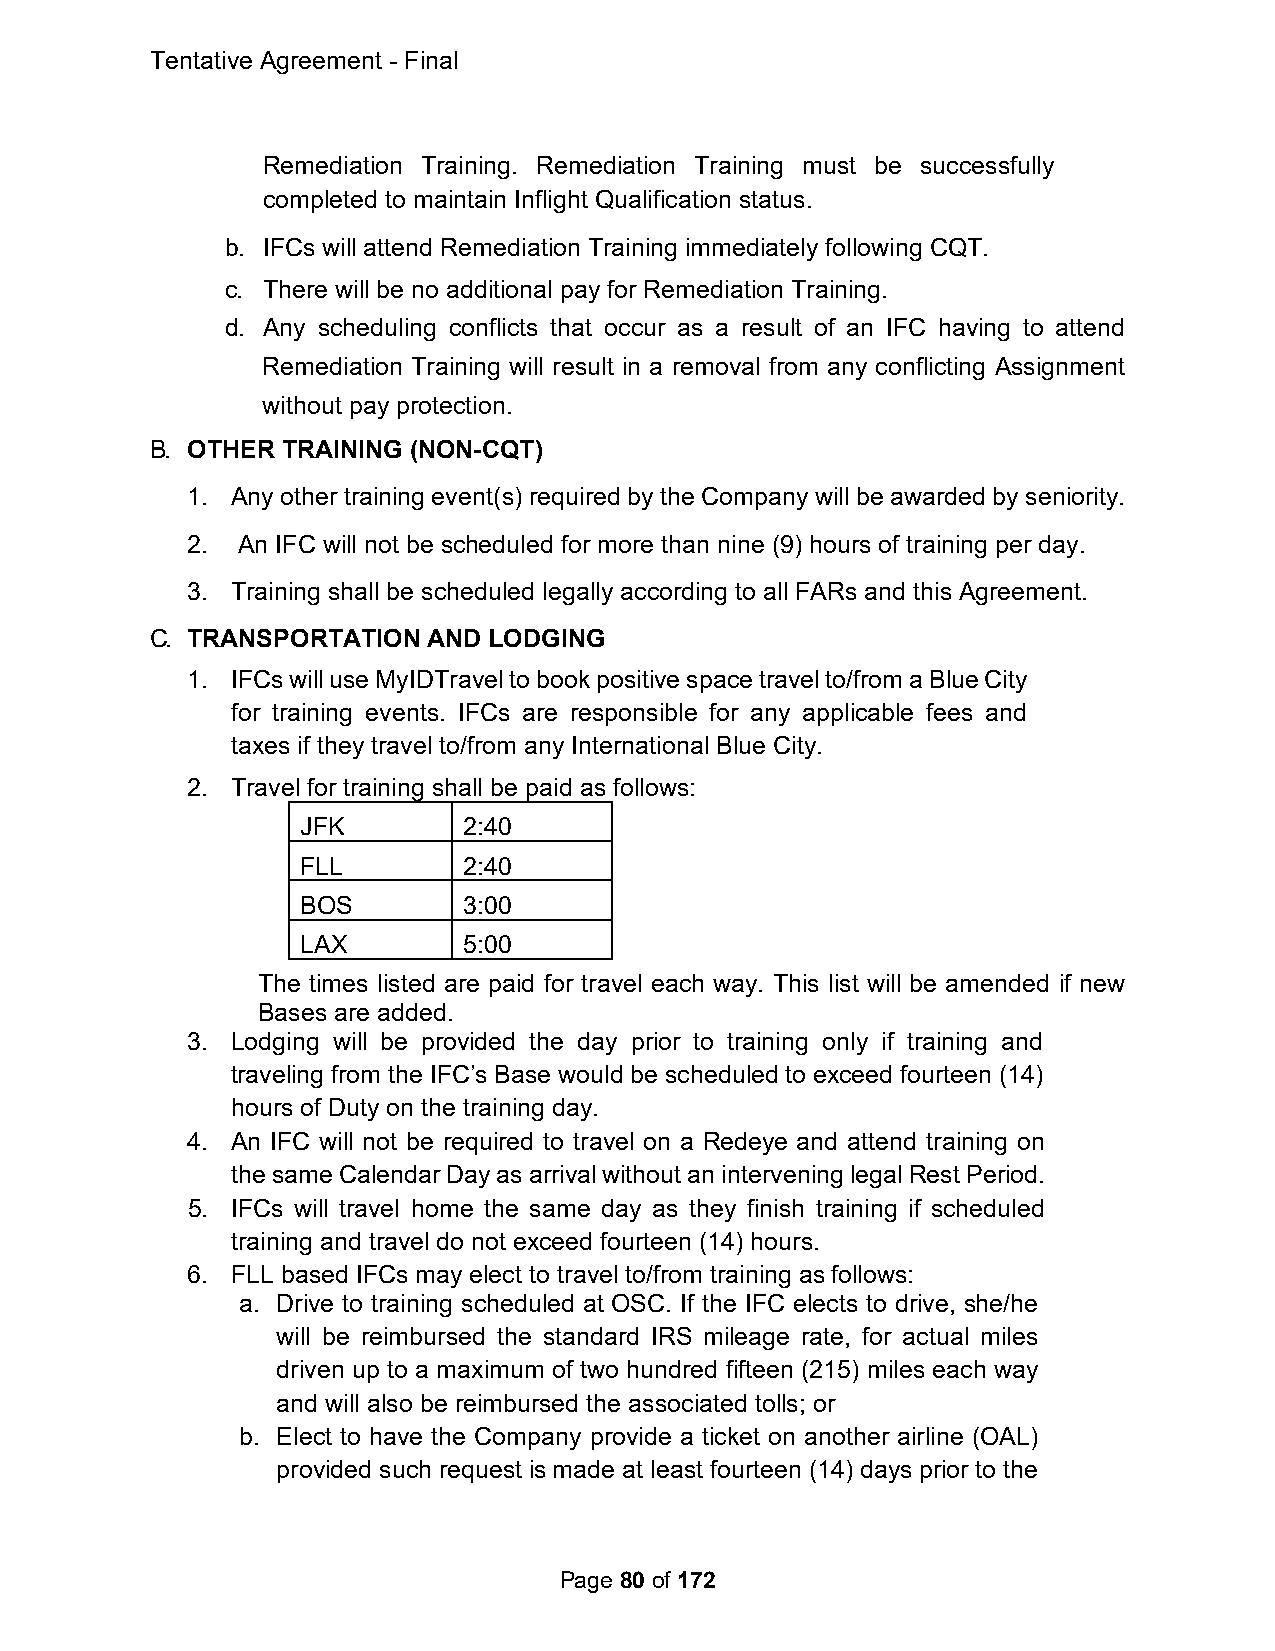
Tentative Agreement - Final
 Remediation Training. Remediation Training must be successfully
 completed to maintain Inflight Qualification status.
 b. IFCs will attend Remediation Training immediately following CQT.
 c. There will be no additional pay for Remediation Training.
 d. Any scheduling conflicts that occur as a result of an IFC having to attend
 Remediation Training will result in a removal from any conflicting Assignment
 without pay protection.
 B. OTHER TRAINING (NON-CQT)
 1. Any other training event(s) required by the Company will be awarded by seniority.
 2.  An IFC will not be scheduled for more than nine (9) hours of training per day.
 3. Training shall be scheduled legally according to all FARs and this Agreement.
 C. TRANSPORTATION AND LODGING
 1. IFCs will use MyIDTravel to book positive space travel to/from a Blue City
 for training events. IFCs are responsible for any applicable fees and
 taxes if they travel to/from any International Blue City.
 2. Travel for training shall be paid as follows:
 JFK        2:40
 FLL        2:40
 BOS        3:00
 LAX        5:00
 The times listed are paid for travel each way. This list will be amended if new
 Bases are added.
 3. Lodging will be provided the day prior to training only if training and
 traveling from the IFC’s Base would be scheduled to exceed fourteen (14)
 hours of Duty on the training day.
 4. An IFC will not be required to travel on a Redeye and attend training on
 the same Calendar Day as arrival without an intervening legal Rest Period.
 5. IFCs will travel home the same day as they finish training if scheduled
 training and travel do not exceed fourteen (14) hours.
 6. FLL based IFCs may elect to travel to/from training as follows:
 a. Drive to training scheduled at OSC. If the IFC elects to drive, she/he
 will be reimbursed the standard IRS mileage rate, for actual miles
 driven up to a maximum of two hundred fifteen (215) miles each way
 and will also be reimbursed the associated tolls; or
 b. Elect to have the Company provide a ticket on another airline (OAL)
 provided such request is made at least fourteen (14) days prior to the
 Page 80 of 172